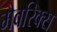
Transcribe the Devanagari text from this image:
मैवरिक्स